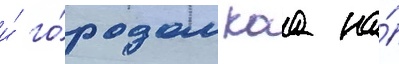
и́ го́родом каа на́